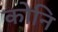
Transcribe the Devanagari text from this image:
कोनि